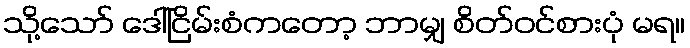
သို့သော် ဒေါ်ငြိမ်းစံကတော့ ဘာမျှ စိတ်ဝင်စားပုံ မရ။